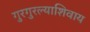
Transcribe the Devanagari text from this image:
गुरगुरल्याशिवाय